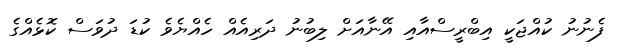
ފެނުނު ކުއްޖަކީ އިބްރީސްއާއި އޭނާއަށް ލިބުނު ދަރިއެއް ހެއްޔެވެ ކުޑަ ދުވަސް ކޮޅެއްގެ